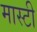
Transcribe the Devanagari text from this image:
मास्टी